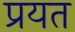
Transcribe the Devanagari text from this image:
प्रयत